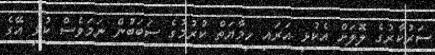
ސަރުކާރުގެ ލޮލަށް އެކުޅި އަރައި ހިމާޔަތް ކުރުމުގެ ސަބަބުން ނަމަވެސް ކުޅި އޭގެ